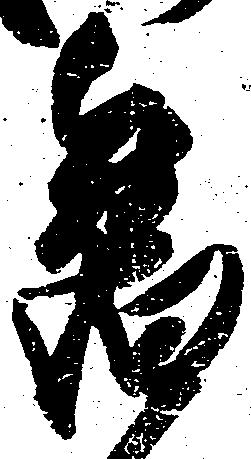
旧